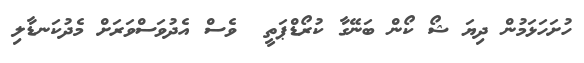
ހުށަހަޅަމުން ދިޔަ ޝޯ ކޯން ބަނޭގާ ކުރޯޑްޕަތީ  ވެސް އެދުވަސްވަރަށް މެދުކަނޑާލި